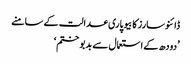
ڈائنوسارز کا بیوپاری عدالت کے سامنے
’دودھ کے استعمال سے بدبو ختم‘